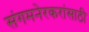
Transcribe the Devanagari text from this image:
संगमनेरकरांसाठी